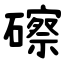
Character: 䃰